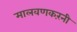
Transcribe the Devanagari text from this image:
मालवणकरंनी